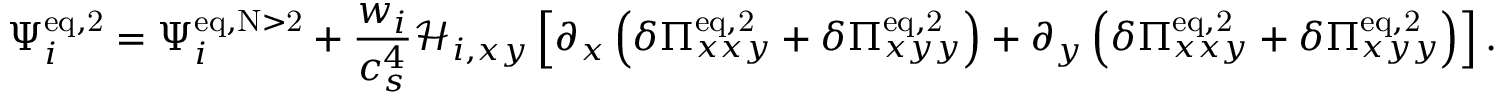
\Psi _ { i } ^ { \mathrm { e q , 2 } } = \Psi _ { i } ^ { \mathrm { e q , N > 2 } } + \frac { w _ { i } } { c _ { s } ^ { 4 } } \mathcal { H } _ { i , x y } \left[ \partial _ { x } \left( \delta \Pi _ { x x y } ^ { \mathrm { e q , 2 } } + \delta \Pi _ { x y y } ^ { \mathrm { e q , 2 } } \right) + \partial _ { y } \left( \delta \Pi _ { x x y } ^ { \mathrm { e q , 2 } } + \delta \Pi _ { x y y } ^ { \mathrm { e q , 2 } } \right) \right] .